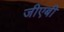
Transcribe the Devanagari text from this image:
जीएबी